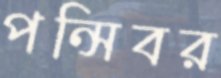
পন্সিবর